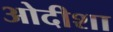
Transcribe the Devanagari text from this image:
ओदीशा